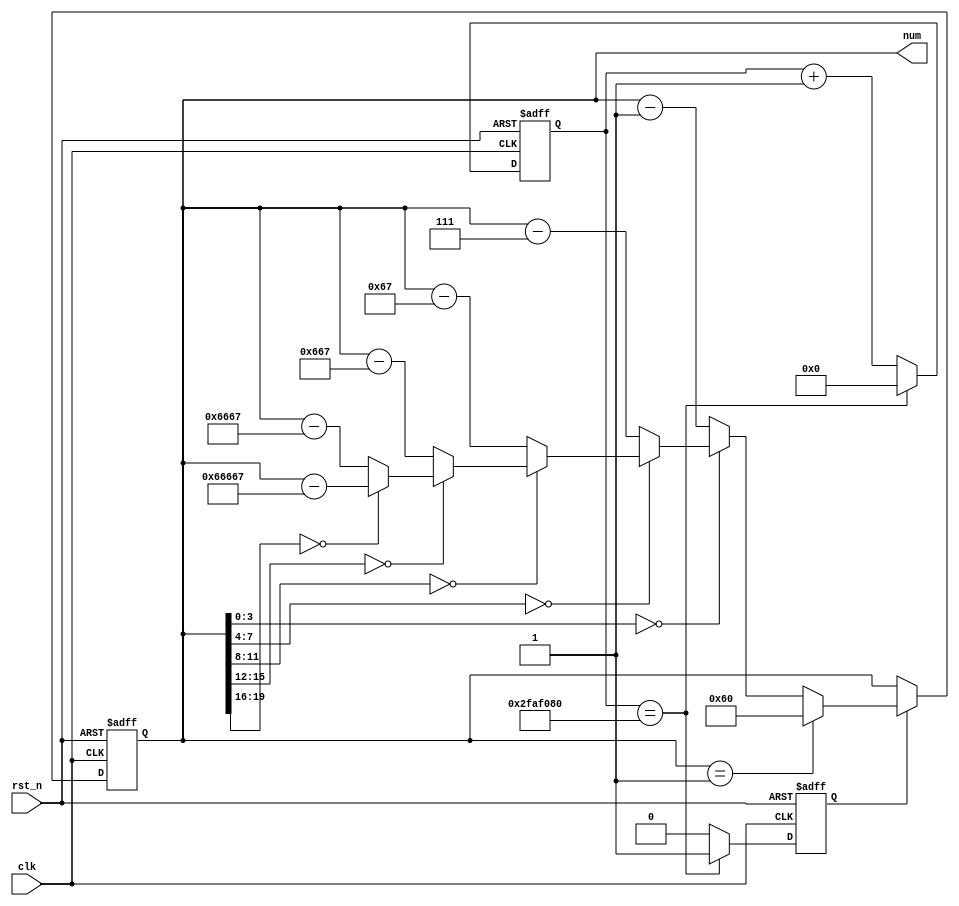
// count down 
module cnt_down #(
    parameter time_max = 8'h60,
    parameter div_coeff = 32'd50_000_000
) (
    input clk,
    input rst_n,

    output reg [23:0] num
);
    // register
    reg [31:0] cnt;
    reg flag_time;

    // 
    always @(posedge clk, negedge rst_n) begin
        if(!rst_n) begin
            cnt <= 1'b0;
            flag_time <= 1'b0;
        end
        else begin
            if(cnt == div_coeff) begin
                cnt <= 1'b0;
                flag_time <= 1'b1;
            end
            else begin
                cnt <= cnt + 1'b1;
                flag_time <= 1'b0;
            end
        end
    end

    always @(posedge clk, negedge rst_n) begin
        if(!rst_n) begin
            num <= time_max;
        end
        else begin
            if(flag_time) begin
                if(num == 1'b1) begin
                    num <= time_max;
                end
                else begin 
                    if(num[3:0] == 4'h0) begin
                        if(num[7:4] == 4'h0) begin
                            if(num[11:8] == 4'h0) begin
                                if(num[15:12] == 4'h0) begin
                                    if(num[19:16] == 4'h0) begin
                                        num <= num - 20'h66667;  
                                    end
                                    else begin
                                        num <= num - 16'h6667;
                                    end
                                end
                                else begin
                                    num <= num - 12'h667;
                                end
                            end
                            else begin
                                num <= num - 8'h67;
                            end
                        end
                        else begin
                            num <= num - 4'h7;
                        end
                    end
                    else begin
                        num <= num - 1'b1;
                    end
                end
            end
            else begin
                num <= num;
            end
        end
    end
endmodule